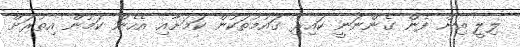
ލިލީ އިން ފެން ގެންނަނީ ކައިރި ގައުމުތަކުން ކަމަށާއި އެހެން ކަމުން އިތުރަށް